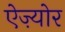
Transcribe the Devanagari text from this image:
ऐज़्योर